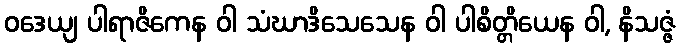
ဝဒေယျ ပါရာဇိကေန ဝါ သံဃာဒိသေသေန ဝါ ပါစိတ္တိယေန ဝါ, နိသဇ္ဇံ